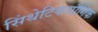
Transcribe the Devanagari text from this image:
सिंथेटिकयौगिक